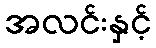
အလင်းနှင့်